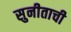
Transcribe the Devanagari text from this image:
सुनीताची